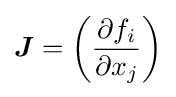
{\boldsymbol {J}}=\left({\frac {\partial {f_{i}}}{\partial {x_{j}}}}\right)